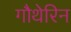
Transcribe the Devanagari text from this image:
गौथेरिन